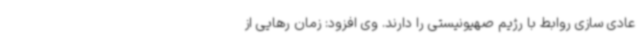
عادی سازی روابط با رژیم صهیونیستی را دارند. وی افزود: زمان رهایی از